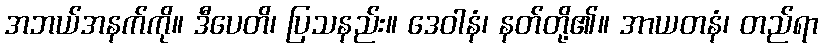
အဘယ်အနက်ကို။ ဒီပေတိ၊ ပြသနည်း။ ဒေဝါနံ၊ နတ်တို့၏။ အာယတနံ၊ တည်ရာ